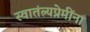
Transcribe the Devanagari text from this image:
स्वातंत्र्यप्रेमींना